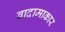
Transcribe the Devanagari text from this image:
बादामाकार